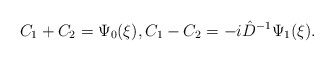
\begin{align*} C_{1} + C_{2} = \Psi_{0}(\xi), C_{1} - C_{2} = -i \hat{D}^{-1} \Psi_{1}(\xi).\end{align*}